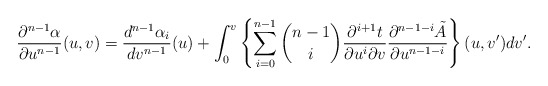
\begin{align*} \frac{\partial^{n-1}\alpha}{\partial u^{n-1}}(u,v)=\frac{d^{n-1}\alpha_i}{dv^{n-1}}(u)+\int_0^v\left\{\sum_{i=0}^{n-1}\binom{n-1}{i}\frac{\partial^{i+1}t}{\partial u^i\partial v}\frac{\partial^{n-1-i}\tilde{A}}{\partial u^{n-1-i}}\right\}(u,v')dv'.\end{align*}